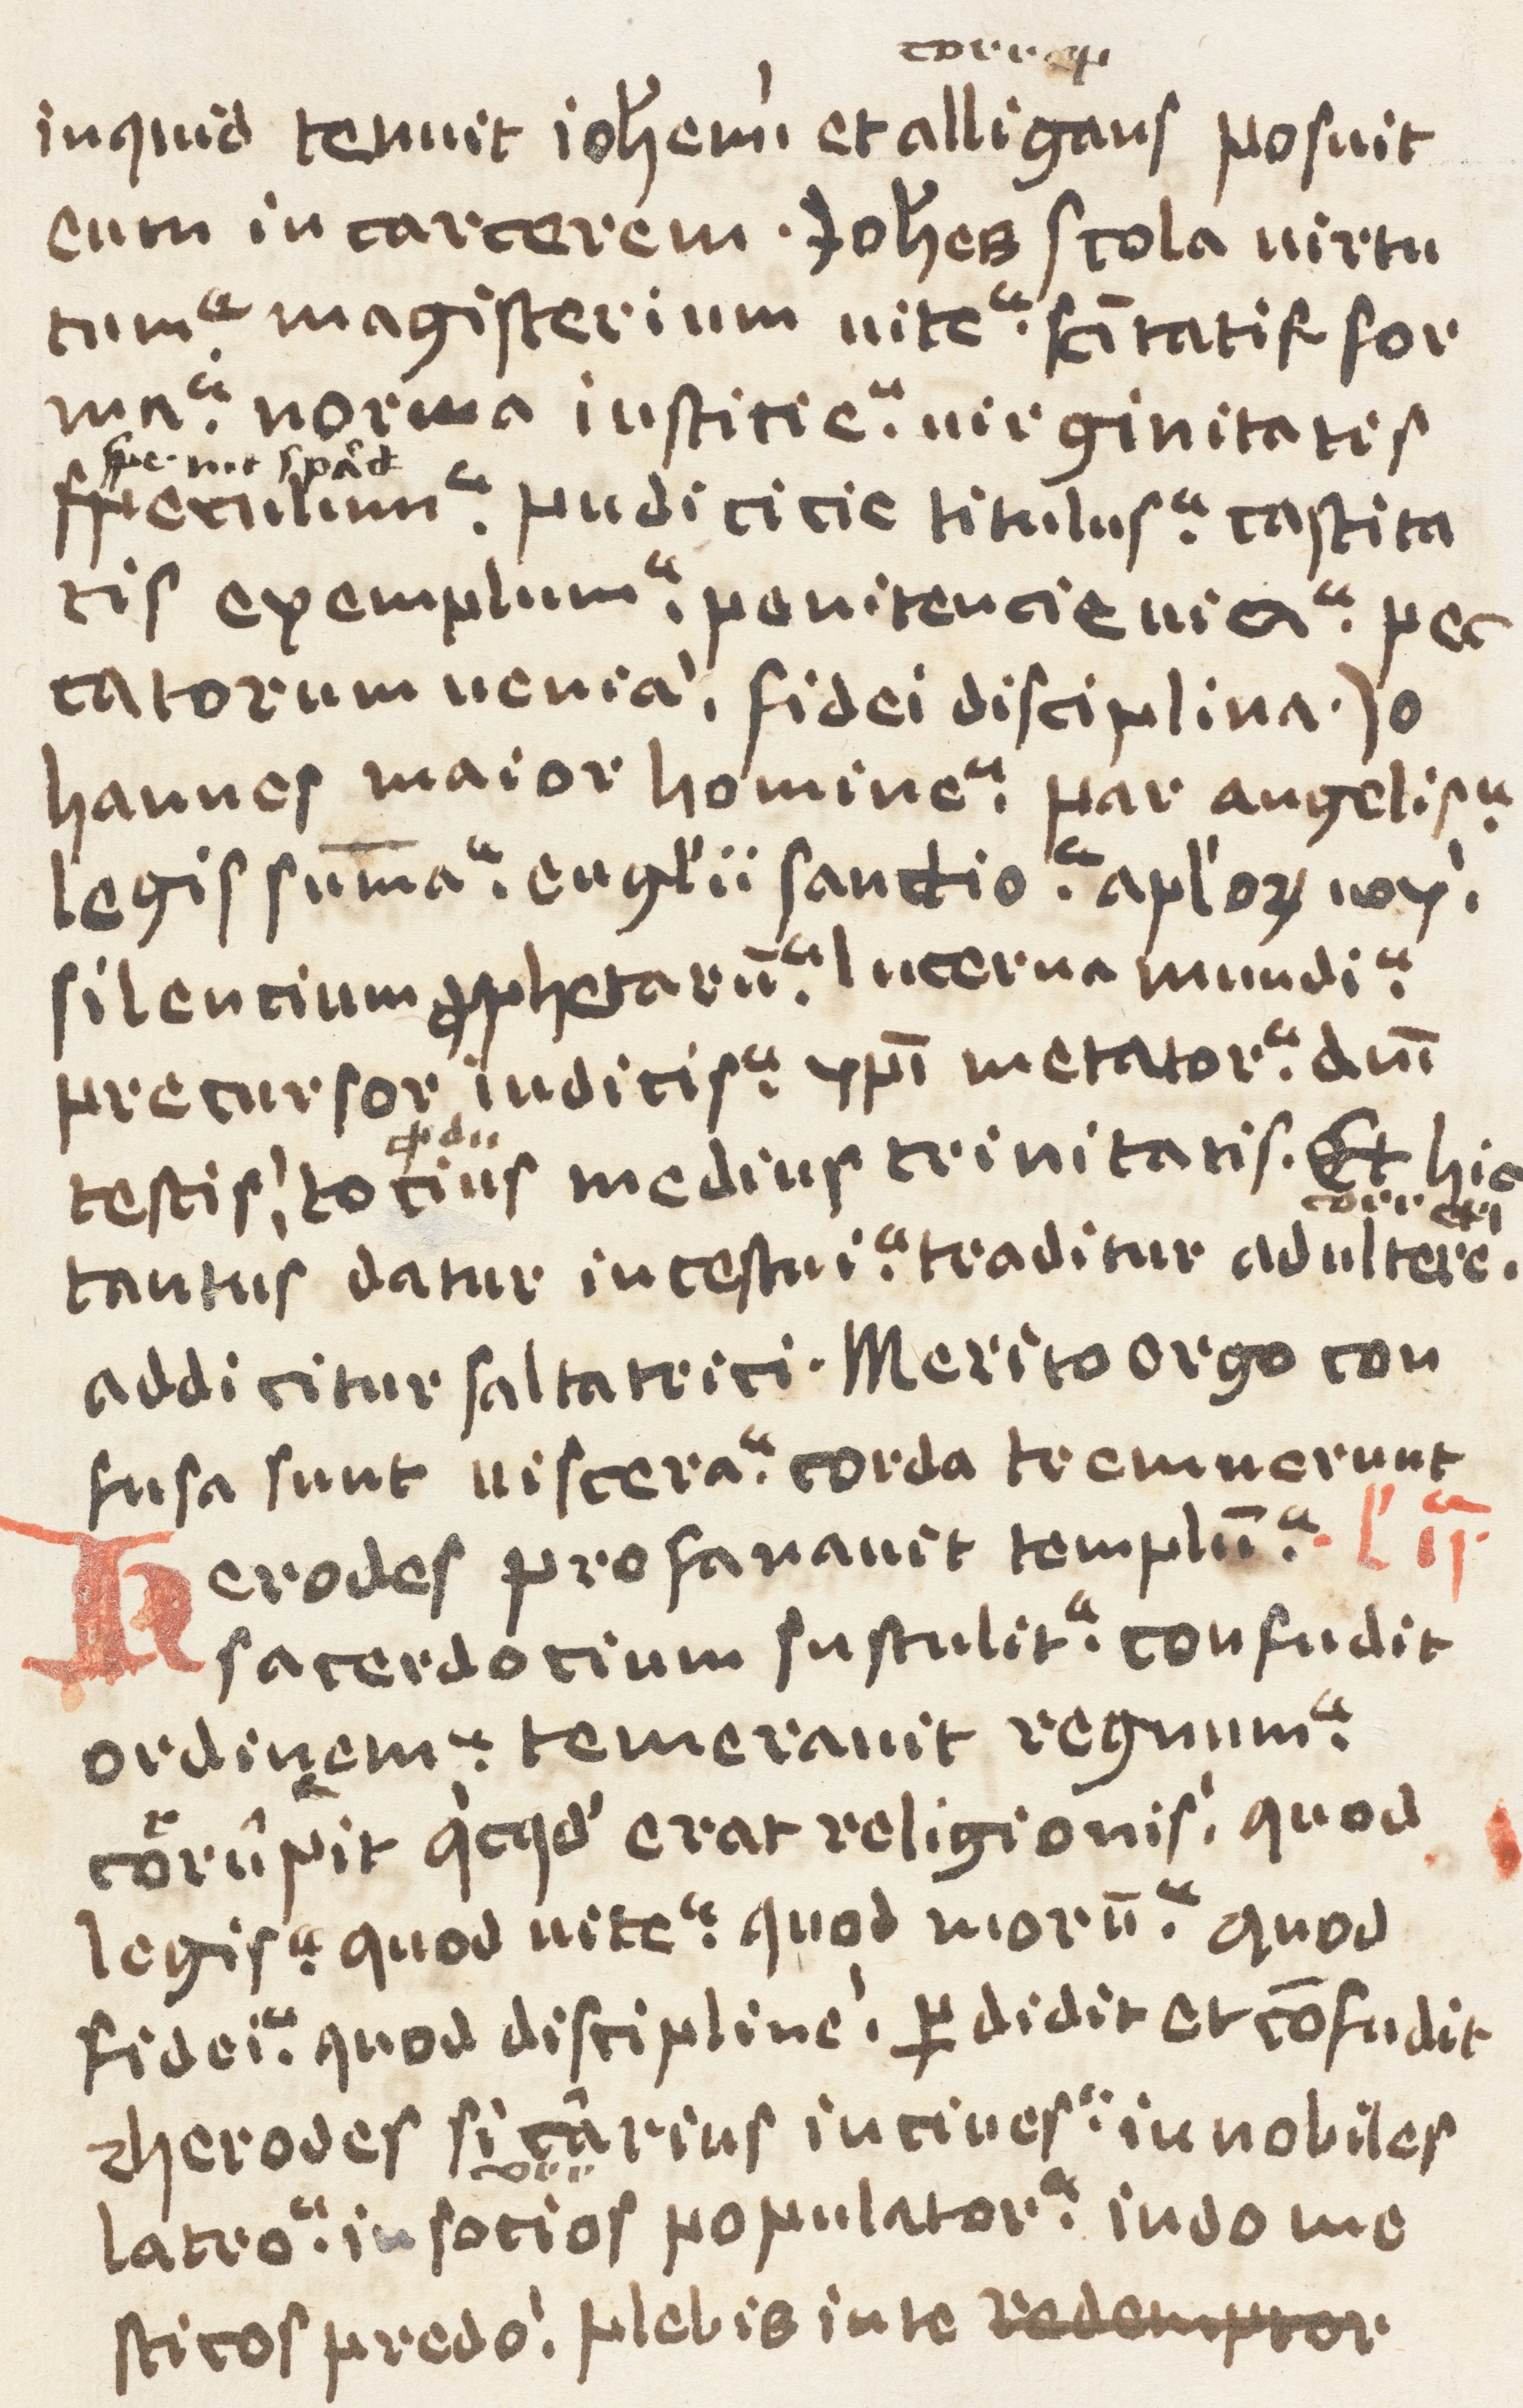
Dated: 1400–1499